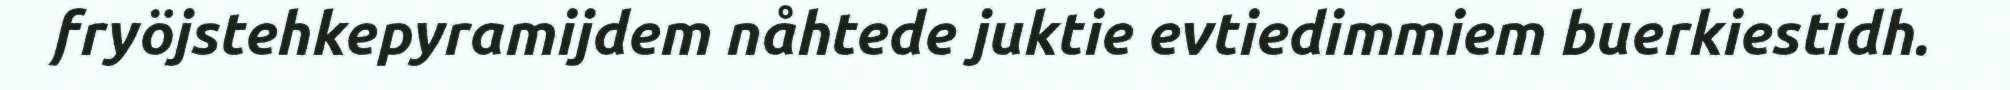
fryöjstehkepyramijdem nåhtede juktie evtiedimmiem buerkiestidh.